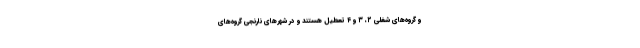
و گروه‌های شغلی ۲، ۳ و ۴ تعطیل هستند و در شهر‌های نارنجی گروه‌های